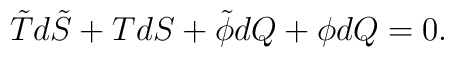
\tilde Td\tilde S +TdS +\tilde \phi dQ +\phi dQ=0.